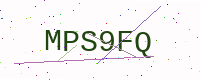
Text: MPS9FQ